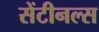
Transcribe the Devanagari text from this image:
सेंटीनल्स